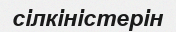
сілкіністерін